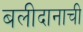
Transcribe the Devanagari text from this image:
बलीदानाची